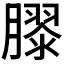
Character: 𭩎